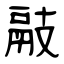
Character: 䰙